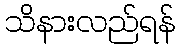
သိနားလည်ရန်